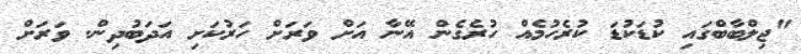
"ޖިލްބާބްގައި ކުޑަކުޑަ ކުރެހުމެއް ހުރެގެން އޭނާ އަށް ވަރަށް ހަރުކަށި އަދަބުދިން. ވަރަށް